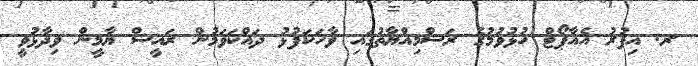
ރ. އިފުރު އެއާޕޯޓް ހުޅުވުމުގެ ރަސްމިއްޔާތުގައި ވާހަކަފުޅު ދައްކަވަމުން ރައީސް ޔާމީން ވިދާޅުވީ